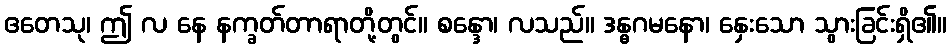
ဧတေသု၊ ဤ လ နေ နက္ခတ်တာရာတို့တွင်။ စန္ဒော၊ လသည်။ ဒန္ဓဂမနော၊ နှေးသော သွားခြင်းရှိ၏။